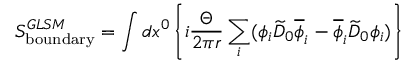
S _ { \mathrm { b o u n d a r y } } ^ { G L S M } = \int d x ^ { 0 } \left\{ i { \frac { \Theta } { 2 \pi r } } \sum _ { i } ( \phi _ { i } \widetilde { D } _ { 0 } \overline { { { \phi } } } _ { i } - \overline { { { \phi } } } _ { i } \widetilde { D } _ { 0 } \phi _ { i } ) \right\}